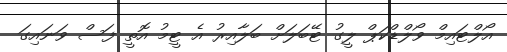
އޯލްޓައިމް ވޯލްޑްކަޕް ލީގު ޓޭބަލަށް ބަލާއިރު އެ ޓީމު އޮތީ ފަސް ވަނައިގަ